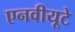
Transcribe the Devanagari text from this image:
एनवीयूटे